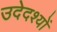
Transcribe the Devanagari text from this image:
उदेदश्यों